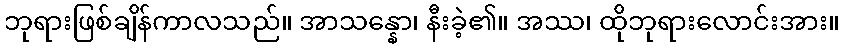
ဘုရားဖြစ်ချိန်ကာလသည်။ အာသန္နော၊ နီးခဲ့၏။ အဿ၊ ထိုဘုရားလောင်းအား။